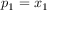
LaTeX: p _ { 1 } = x _ { 1 }